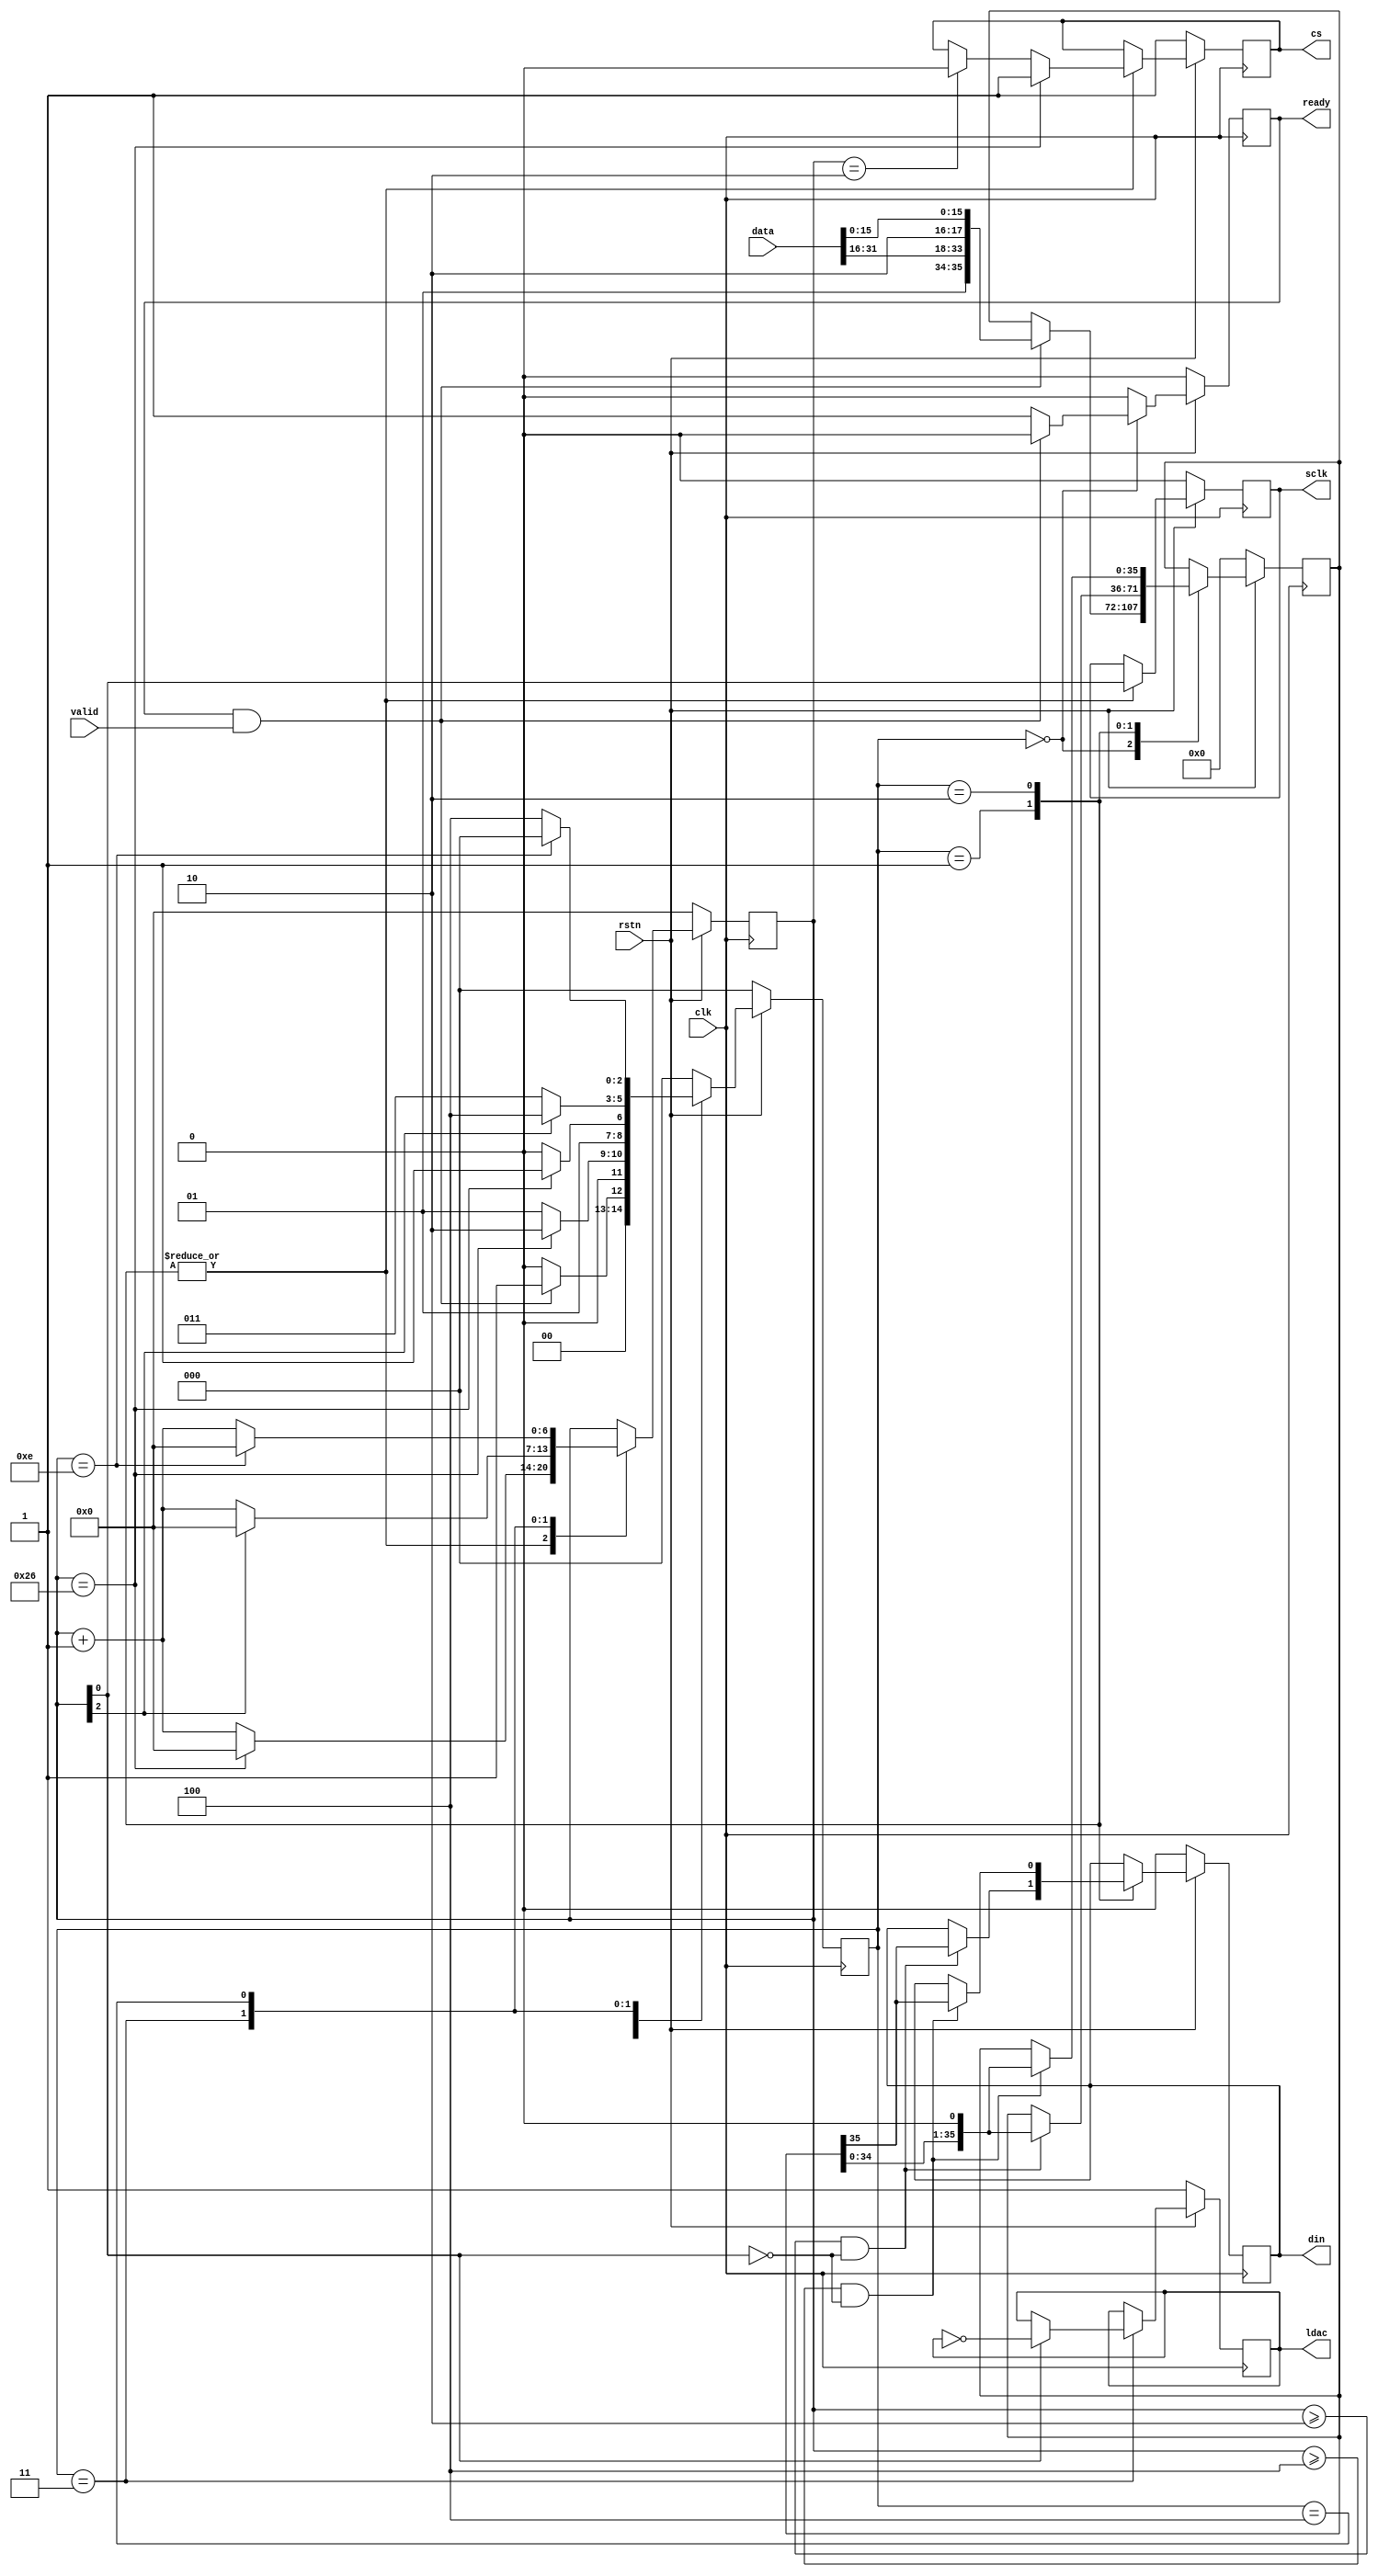
module ad5545
(
    input  wire        clk,
    input  wire        rstn,
    input  wire [31:0] data,
    input  wire        valid,
    output wire        ready,
    output wire        cs,
    output wire        din,
    output wire        ldac,
    output wire        sclk
);
localparam [2:0]
    STATE_IDLE       = 3'd0,
    STATE_WRITE_DAC1 = 3'd1,
    STATE_WRITE_DAC2 = 3'd2,
    STATE_LOAD       = 3'd3,
    STATE_WAIT       = 3'd4;
reg [2:0] state_reg, state_next;
reg [6:0] count_reg, count_next;
reg [35:0] data_reg, data_next;
reg ready_reg, ready_next;
reg cs_reg, cs_next;
reg din_reg, din_next;
reg ldac_reg, ldac_next;
reg sclk_reg, sclk_next;
reg sclk_enable;
assign ready = ready_reg;
assign cs = cs_reg;
assign din = din_reg;
assign ldac = ldac_reg;
assign sclk = sclk_reg;
always @* begin
    state_next = STATE_IDLE;
    cs_next   = cs_reg;
    din_next  = din_reg;
    ldac_next = ldac_reg;
    sclk_next = sclk_reg;
    count_next = count_reg;
    data_next = data_reg;
    ready_next = 1'b0;
    case (state_reg)
        STATE_IDLE: begin
            if (ready & valid) begin
                data_next = {2'b01, data[31:16], 2'b10, data[15:0]};
                ready_next = 1'b0;
                state_next = STATE_WRITE_DAC1;
            end else begin
                ready_next = 1'b1;
            end
        end
        STATE_WRITE_DAC1: begin
            state_next = STATE_WRITE_DAC1;
            count_next = count_reg + 1;
            sclk_next = count_reg[0];
            if (count_reg == 7'h02) begin
                cs_next = 1'b0;
            end
            if (count_reg >= 7'h02 && count_reg[0] == 1'b0) begin
                {din_next, data_next} = {data_reg, 1'b0};
            end
            if (count_reg == 7'h26) begin
                cs_next = 1'b1;
                count_next = 7'b0;
                state_next = STATE_WRITE_DAC2;
            end
        end
        STATE_WRITE_DAC2: begin
            state_next = STATE_WRITE_DAC2;
            count_next = count_reg + 1;
            sclk_next = count_reg[0];
            if (count_reg == 7'h02) begin
                cs_next = 1'b0;
            end
            if (count_reg >= 7'h04 && count_reg[0] == 1'b0) begin
                {din_next, data_next} = {data_reg, 1'b0};
            end
            if (count_reg == 7'h26) begin
                cs_next = 1'b1;
                count_next = 7'b0;
                state_next = STATE_LOAD;
            end
        end
        STATE_LOAD: begin
            state_next = STATE_LOAD;
            count_next = count_reg + 1;
            if (count_reg[0] == 1'b1) begin
                ldac_next = ~ldac_reg;  
            end
            if (count_reg[2] == 1'b1) begin
                state_next = STATE_WAIT;
                count_next = 7'b0;
            end
        end
        STATE_WAIT: begin
            state_next = STATE_WAIT;
            count_next = count_reg + 1;
            if (count_reg == 7'h0e) begin
                state_next = STATE_IDLE;
                count_next = 7'b0;
            end
        end
    endcase
end
always @(posedge clk) begin
    if (~rstn) begin
        state_reg <= STATE_IDLE;
        data_reg <= 16'b0;
        ready_reg <= 1'b0;
        count_reg <= 7'b0;
        cs_reg   <= 1'b1;
        din_reg  <= 1'b0;
        ldac_reg <= 1'b1;
        sclk_reg <= 1'b0;
    end else begin
        state_reg <= state_next;
        data_reg <= data_next;
        count_reg <= count_next;
        ready_reg <= ready_next;
        cs_reg <= cs_next;
        din_reg <= din_next;
        ldac_reg <= ldac_next;
        sclk_reg <= sclk_next;
    end
end
endmodule